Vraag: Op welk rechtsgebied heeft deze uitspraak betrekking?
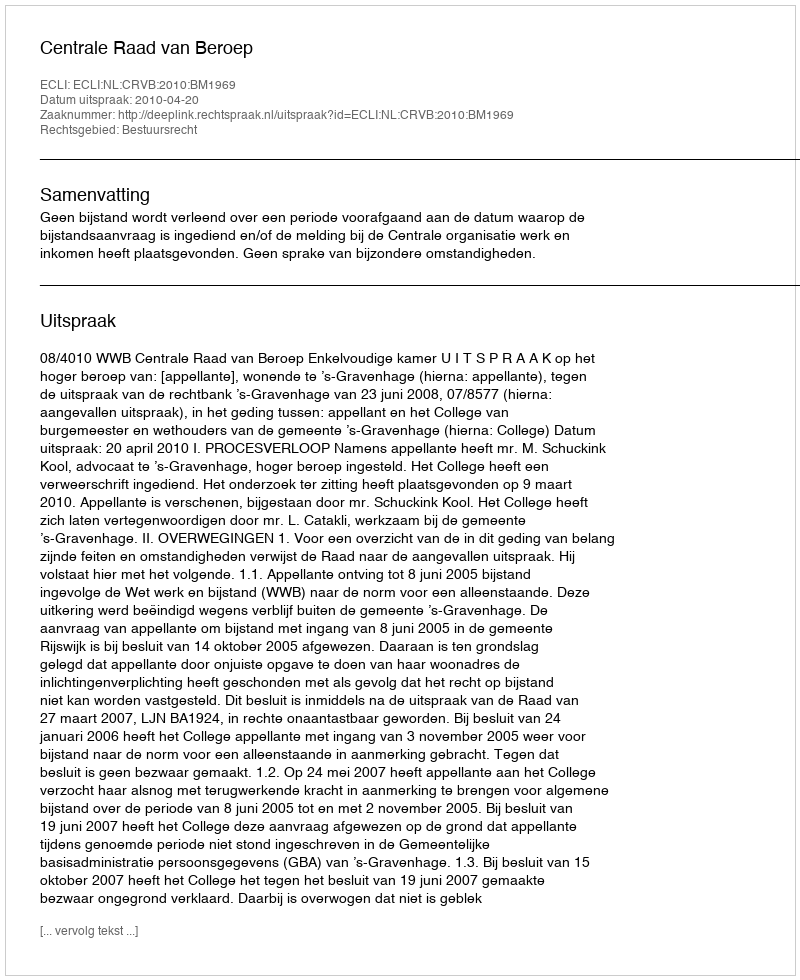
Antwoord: Bestuursrecht